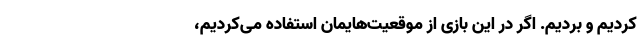
کردیم و بردیم. اگر در این بازی از موقعیت‌هایمان استفاده می‌کردیم،